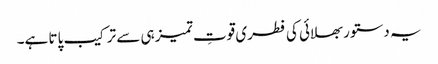
یہ دستور بھلائی کی فطری قوتِ تمیز ہی سے ترکیب پاتا ہے۔